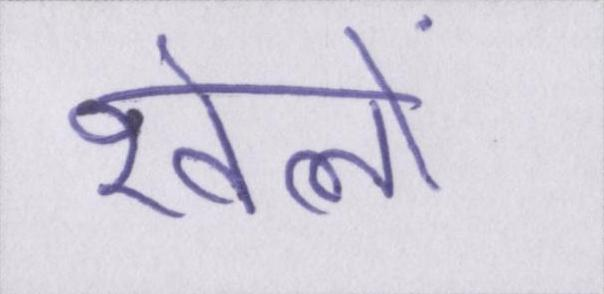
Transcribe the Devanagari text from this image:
खेलो